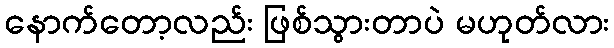
နောက်တော့လည်း ဖြစ်သွားတာပဲ မဟုတ်လား